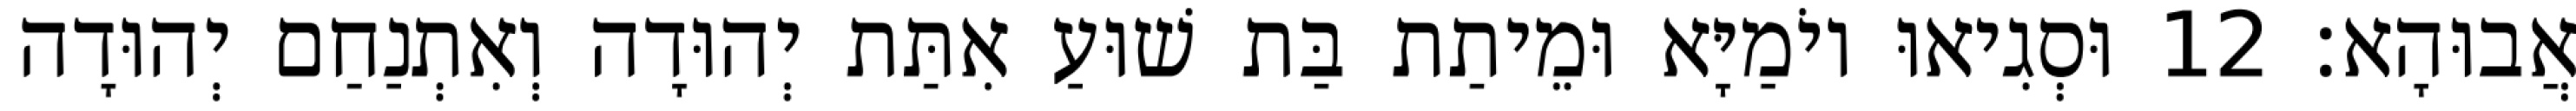
אֲבוּהָא׃ 12 וּסְגִיאוּ יוֹמַיָּא וּמֵיתַת בַּת שׁוּעַ אִתַּת יְהוּדָה וְאִתְנַחַם יְהוּדָה